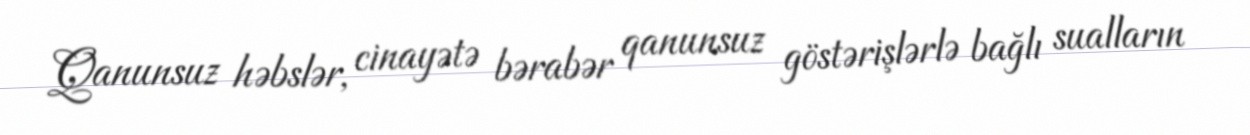
Qanunsuz həbslər, cinayətə bərabər qanunsuz göstərişlərlə bağlı sualların